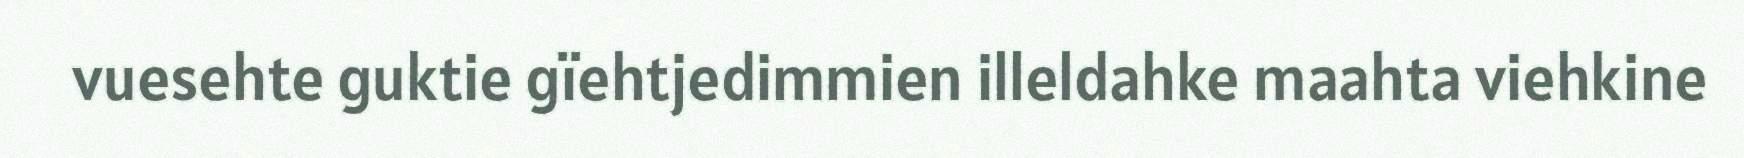
vuesehte guktie gïehtjedimmien illeldahke maahta viehkine